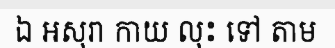
ឯ អសុរា កាយ លុះ ទៅ តាម